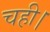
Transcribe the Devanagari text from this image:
चही।